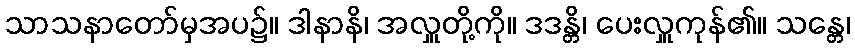
သာသနာတော်မှအပ၌။ ဒါနာနိ၊ အလှူတို့ကို။ ဒဒန္တိ၊ ပေးလှူကုန်၏။ သန္တေ၊